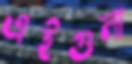
এইগুলা